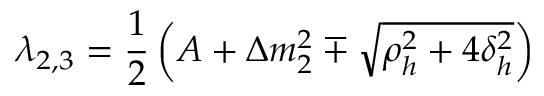
\lambda _ { 2 , 3 } = \frac { 1 } { 2 } \left( A + \Delta m _ { 2 } ^ { 2 } \mp \sqrt { \rho _ { h } ^ { 2 } + 4 \delta _ { h } ^ { 2 } } \right)